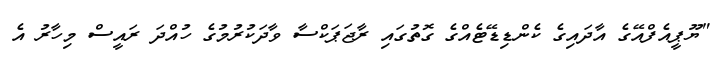
"ޔޫޕީއެފްއޭގެ އާދައިގެ ކެންޑިޑޭޓެއްގެ ގޮތުގައި ރާޖަޕަކްސާ ވާދަކުރުމުގެ ހުއްދަ ރައީސް މިހާރު އެ